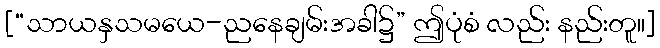
[“သာယနှသမယေ-ညနေချမ်းအခါ၌” ဤပုံစံ လည်း နည်းတူ။]